Insane asylums in Bengal annual reports 1867-1875 - 1867-1875
Year: 1867
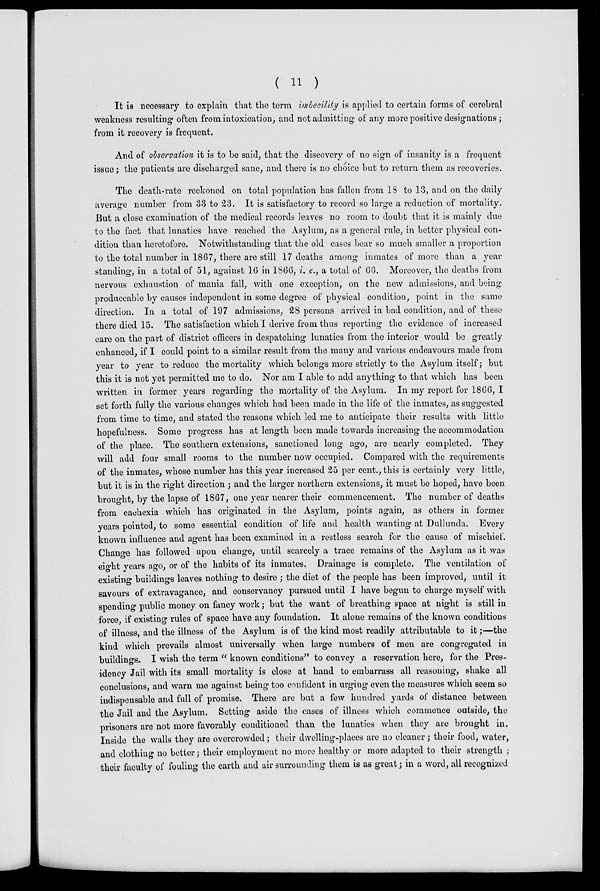
( 11 )
It is necessary to explain that the term imbecility is applied to certain forms of cerebral
weakness resulting often from intoxication, and not admitting of any more positive designations ;
from it recovery is frequent.
And of observation it is to be said, that the discovery of no sign of insanity is a frequent
issue; the patients are discharged sane, and there is no choice but to return them as recoveries.
The death-rate reckoned on total population has fallen from 18 to 13, and on the daily
average number from 33 to 23. It is satisfactory to record so large a reduction of mortality.
But a close examination of the medical records leaves no room to doubt that it is mainly due
to the fact that lunatics have reached the Asylum, as a general rule, in better physical con-
dition than heretofore. Notwithstanding that the old cases bear so much smaller a proportion
to the total number in 1867, there are still 17 deaths among inmates of more than a year
standing, in a total of 51, against 16 in 1866, i. e., a total of 66. Moreover, the deaths from
nervous exhaustion of mania fall, with one exception, on the new admissions, and being
produceable by causes independent in some degree of physical condition, point in the same
direction. In a total of 197 admissions, 28 persons arrived in bad condition, and of these
there died 15. The satisfaction which I derive from thus reporting the evidence of increased
care on the part of district officers in despatching lunatics from the interior would be greatly
enhanced, if I could point to a similar result from the many and various endeavours made from
year to year to reduce the mortality which belongs more strictly to the Asylum itself; but
this it is not yet permitted me to do. Nor am I able to add anything to that which has been
written in former years regarding the mortality of the Asylum. In my report for 1866, I
set forth fully the various changes which had been made in the life of the inmates, as suggested
from time to time, and stated the reasons which led me to anticipate their results with little
hopefulness. Some progress has at length been made towards increasing the accommodation
of the place. The southern extensions, sanctioned long ago, are nearly completed. They
will add four small rooms to the number now occupied. Compared with the requirements
of the inmates, whose number has this year increased 25 per cent., this is certainly very little,
but it is in the right direction ; and the larger northern extensions, it must be hoped, have been
brought, by the lapse of 1867, one year nearer their commencement. The number of deaths
from cachexia which has originated in the Asylum, points again, as others in former
years pointed, to some essential condition of life and health wanting at Dullunda. Every
known influence and agent has been examined in a restless search for the cause of mischief.
Change has followed upon change, until scarcely a trace remains of the Asylum as it was
eight years ago, or of the habits of its inmates. Drainage is complete. The ventilation of
existing buildings leaves nothing to desire ; the diet of the people has been improved, until it
savours of extravagance, and conservancy pursued until I have begun to charge myself with
spending public money on fancy work; but the want of breathing space at night is still in
force, if existing rules of space have any foundation. It alone remains of the known conditions
of illness, and the illness of the Asylum is of the kind most readily attributable to it;—the
kind which prevails almost universally when large numbers of men are congregated in
buildings. I wish the term " known conditions" to convey a reservation here, for the Pres-
idency Jail with its small mortality is close at hand to embarrass all reasoning, shake all
conclusions, and warn me against being too confident in urging even the measures which seem so
indispensable and full of promise. There are but a few hundred yards of distance between
the Jail and the Asylum. Setting aside the cases of illness which commence outside, the
prisoners are not more favorably conditioned than the lunatics when they are brought in.
Inside the walls they are overcrowded; their dwelling-places are no cleaner; their food, water,
and clothing no better; their employment no more healthy or more adapted to their strength ;
their faculty of fouling the earth and air surrounding them is as great; in a word, all recognized